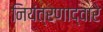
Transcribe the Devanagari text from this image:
नियंत्रणाद्वारे